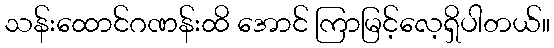
သန်းထောင်ဂဏန်းထိ အောင် ကြာမြင့်လေ့ရှိပါတယ်။